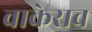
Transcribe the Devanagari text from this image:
वाकेराव